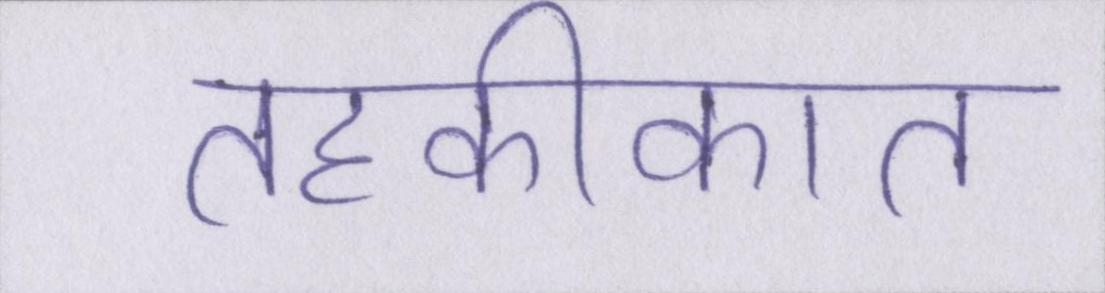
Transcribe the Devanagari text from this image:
तहकीकात